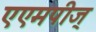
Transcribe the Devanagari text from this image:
एएमपीज्